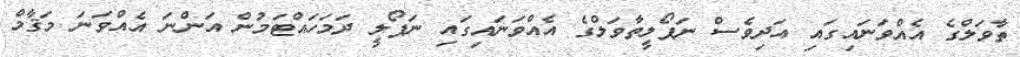
ތާވަލްގެ އެއްވަނައިގައި އަދިވެސް ނަޕޯލީތާވަލްގެ އެއްވަނައިގައި ނަޕޯލީ ދަމަހައްޓަމުން އަންނަ އެއްވަނަ މަޤާމް